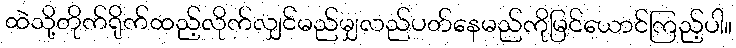
ထဲသို့တိုက်ရိုက်ထည့်လိုက်လျှင်မည်မျှလည်ပတ်နေမည်ကိုမြင်ယောင်ကြည့်ပါ။